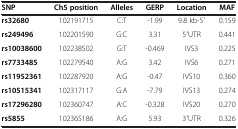
<table><thead><tr><td><b>SNP</b></td><td><b>Ch5 position</b></td><td><b>Alleles</b></td><td><b>GERP</b></td><td><b>Location</b></td><td><b>MAF</b></td></tr></thead><tbody><tr><td><b>rs32680</b></td><td>102191715</td><td>C:T</td><td>-1.99</td><td>9.8 kb-5′</td><td>0.159</td></tr><tr><td><b>rs249496</b></td><td>102201590</td><td>G:C</td><td>3.31</td><td>5′UTR</td><td>0.441</td></tr><tr><td><b>rs10038600</b></td><td>102238502</td><td>G:T</td><td>-0.469</td><td>IVS3</td><td>0.225</td></tr><tr><td><b>rs7733485</b></td><td>102279540</td><td>A:G</td><td>3.42</td><td>IVS6</td><td>0.271</td></tr><tr><td><b>rs11952361</b></td><td>102287920</td><td>A:G</td><td>-0.47</td><td>IVS10</td><td>0.360</td></tr><tr><td><b>rs10515341</b></td><td>102317117</td><td>G:A</td><td>-7.79</td><td>IVS13</td><td>0.274</td></tr><tr><td><b>rs17296280</b></td><td>102360747</td><td>A:C</td><td>-0.328</td><td>IVS20</td><td>0.270</td></tr><tr><td><b>rs5855</b></td><td>102365186</td><td>A:G</td><td>5.93</td><td>3′UTR</td><td>0.326</td></tr></tbody></table>